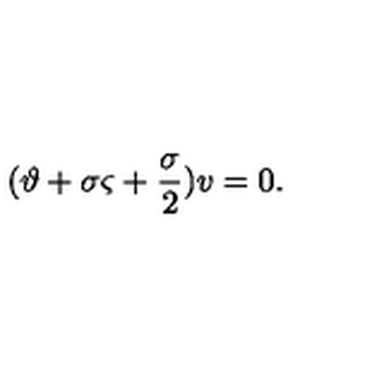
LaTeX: ( \mathrm { \boldmath \vartheta } + \sigma \mathrm { \boldmath \varsigma } + \frac { \sigma } { 2 } ) v = 0 .